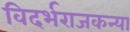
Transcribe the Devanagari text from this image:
विदर्भराजकन्या